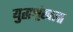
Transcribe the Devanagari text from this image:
युद्धशृंखला